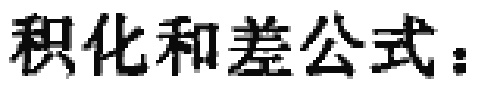
积化和差公式：